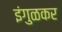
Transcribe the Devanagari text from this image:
इंगुळकर